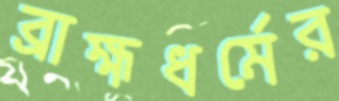
ব্রাহ্মধর্মের